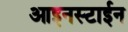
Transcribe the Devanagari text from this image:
आइनस्टाईन